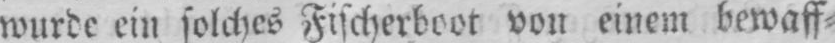
wurde ein solches Fischerboot von einem bewaff⸗